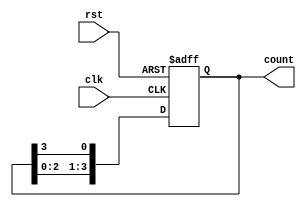
module ring_counter(
    input wire clk,            // Clock signal
    input wire rst,            // Asynchronous reset signal
    output reg [3:0] count     // 4-bit output for the ring counter
);

    // Initial state of the ring counter
    initial begin
        count = 4'b1000;      // Set initial state to 1000
    end

    // Sequential logic for the ring counter
    always @(posedge clk or posedge rst) begin
        if (rst) begin
            count <= 4'b1000;  // Reset to initial state on reset signal
        end else begin
            // Shift the '1' to the right
            count <= {count[2:0], count[3]};  // Shift right and wrap around
        end
    end

endmodule